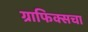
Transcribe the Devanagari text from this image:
ग्राफिक्सचा